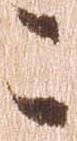
こ